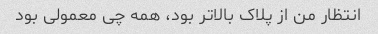
انتظار من از پلاک بالاتر بود، همه چی معمولی بود